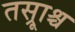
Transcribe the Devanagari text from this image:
तस्रूाश्च